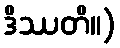
ဒိဿတိ။)